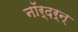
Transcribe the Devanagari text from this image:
नॉर्द़र्न्